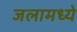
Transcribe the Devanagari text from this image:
जलामध्ये